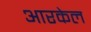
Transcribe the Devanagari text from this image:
आरकेल